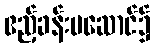
ဧည့်ခန်းမဆောင်၌